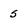
Character: 5